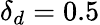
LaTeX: \delta_{d}=0.5